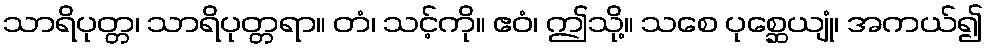
သာရိပုတ္တ၊ သာရိပုတ္တရာ။ တံ၊ သင့်ကို။ ဧဝံ၊ ဤသို့။ သစေ ပုစ္ဆေယျုံ၊ အကယ်၍